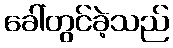
ခေါ်တွင်ခဲ့သည်